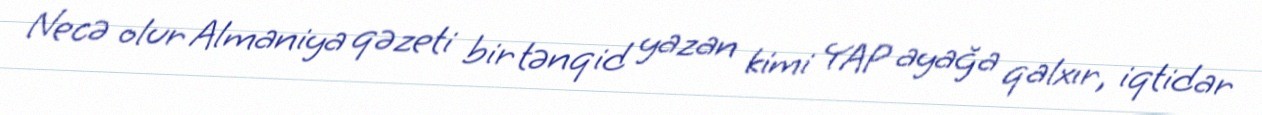
Necə olur Almaniya qəzeti bir tənqid yazan kimi YAP ayağa qalxır, iqtidar